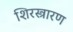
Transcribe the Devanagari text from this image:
शिरस्त्रारण